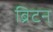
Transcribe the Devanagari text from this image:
ब्रिटन्